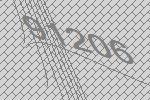
91206